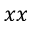
x x